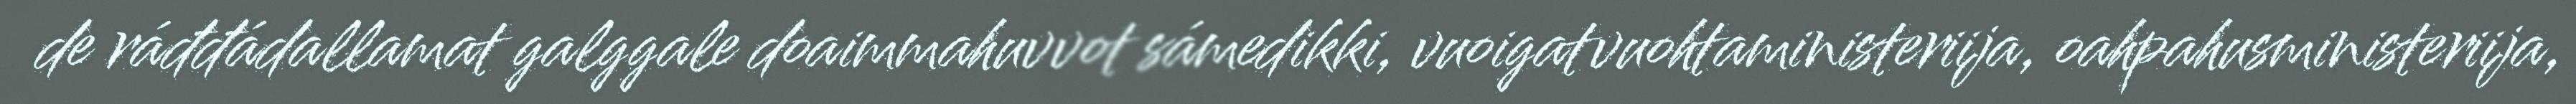
de ráđđádallamat galggale doaimmahuvvot sámedikki, vuoigatvuohtaministeriija, oahpahusministeriija,